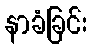
နာခံခြင်း